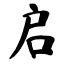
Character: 启